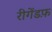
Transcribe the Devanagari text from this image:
रीगेंडफ़